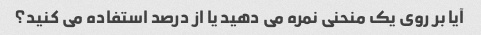
آیا بر روی یک منحنی نمره می دهید یا از درصد استفاده می کنید؟